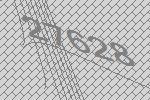
27628